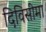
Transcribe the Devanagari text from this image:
दिविसीमा